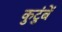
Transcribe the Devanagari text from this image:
कुटुंबें